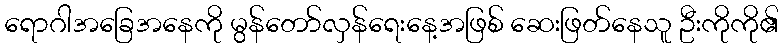
ရောဂါအခြေအနေကို မွန်တော်လှန်ရေးနေ့အဖြစ် ဆေးဖြတ်နေသူ ဦးကိုကို၏